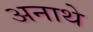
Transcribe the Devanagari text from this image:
अनाथे